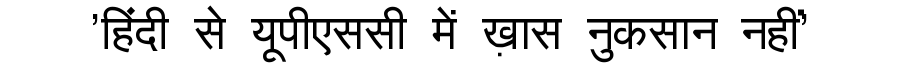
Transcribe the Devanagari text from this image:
'हिंदी से यूपीएससी में ख़ास नुकसान नहीं'